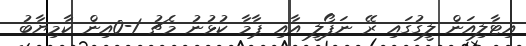
އިޓާލިއަން ލީގުގައި ރޭ ނަޕޯލީ އާއި ޕާމާ ކުޅުނު މެޗު 1-0އިން ކާމިޔާބު